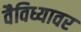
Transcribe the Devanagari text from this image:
वैविध्यावर